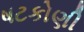
ષટકોણી